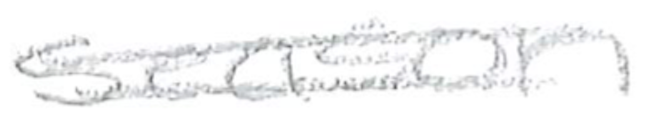
Text: season
Cross-out: double-line
Writing tool: pencil